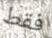
فقط